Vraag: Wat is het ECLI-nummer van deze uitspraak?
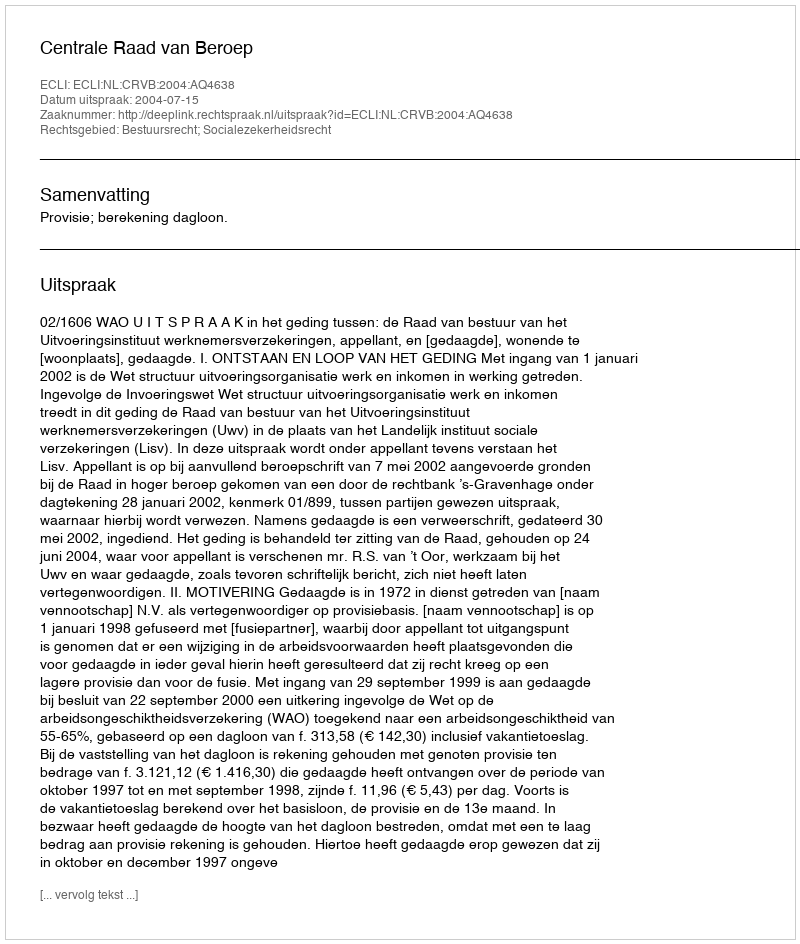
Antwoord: ECLI:NL:CRVB:2004:AQ4638